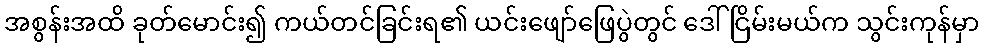
အစွန်းအထိ ခုတ်မောင်း၍ ကယ်တင်ခြင်းရ၏ ယင်းဖျော်ဖြေပွဲတွင် ဒေါ်ငြိမ်းမယ်က သွင်းကုန်မှာ